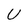
Character: U